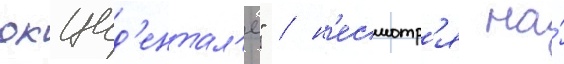
окцид'ентал'е" / н'есмотр'я на́